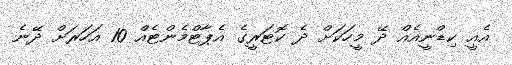
އެއީ ކިޑްނީއެއް ދޭ މީހަކަށް ދެ ކޮޓަރީގެ އެޕާޓްމެންޓެއް 10 އަހަރަށް ދޭނެ